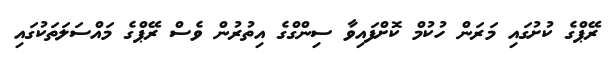
ރޭޕްގެ ކުށުގައި މަރަން ހުކުމް ކޮށްފައިވާ ސިންގްގެ އިތުރުން ވެސް ރޭޕްގެ މައްސަލަތަކުގައި